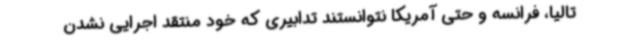
تالیا، فرانسه و حتی آمریکا نتوانستند تدابیری که خود منتقد اجرایی نشدن